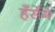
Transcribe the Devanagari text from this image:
हँसेंगे